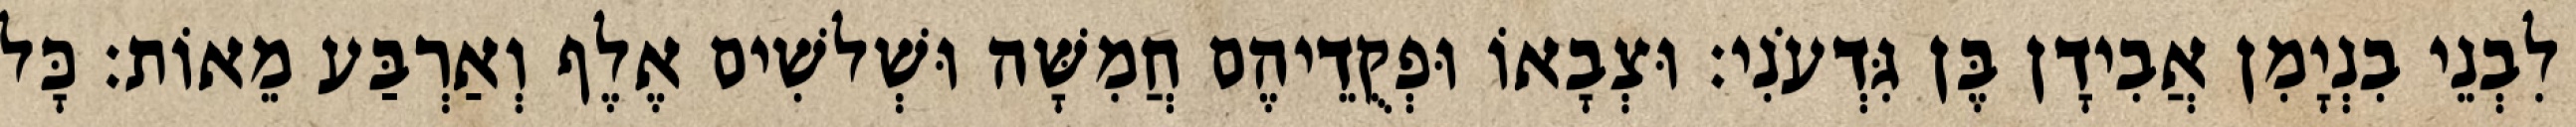
לִבְנֵי בִנְיָמִן אֲבִידָן בֶּן גִּדְעֹנִי׃ וּצְבָאוֹ וּפְקֻדֵיהֶם חֲמִשָּׁה וּשְׁלשִׁים אֶלֶף וְאַרְבַּע מֵאוֹת׃ כָּל